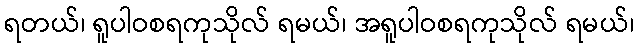
ရတယ်၊ ရူပါဝစရကုသိုလ် ရမယ်၊ အရူပါဝစရကုသိုလ် ရမယ်၊